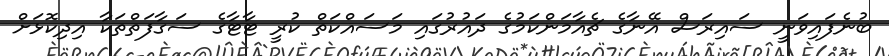
ބުނެފައިވަނީ ސައިރަސް އޭނާގެ ޗެއާމަންކަމުގެ ދައުރުގައި މަސައްކަތް ކުރީ ޓާޓާގެ ސަގާފަތްތަކާ އިދިކޮޅަށް